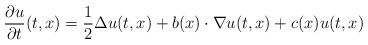
LaTeX: \begin{align*}\frac{\partial u}{\partial t}(t,x)=\frac12\Delta u(t,x)+b(x)\cdot \nabla u(t,x)+ c(x) u(t,x)\end{align*}